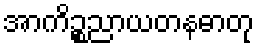
အာကိဉ္စညာယတနဓာတု